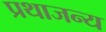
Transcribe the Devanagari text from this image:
प्रथाजन्य